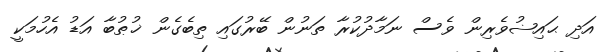
އަދި ޙައިޟުވެރިން ވެސް ނަމާދުކުރާ ތަނުން ބޭރުގައި ތިބެގެން ޚުޠުބާ އަޑު އެހުމަކީ